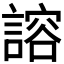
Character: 𫍇